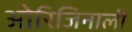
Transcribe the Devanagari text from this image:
ओरिजिनाली